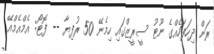
ރަން ދިހަފަހެއްގެ ނޫޓު ސީރީޒްގައި ހިމެނޭ 50 ރުފިޔާ -- ފޮޓޯ: އެމްއެމްއޭ